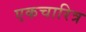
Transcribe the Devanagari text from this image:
एकचारित्र